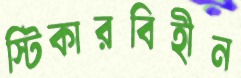
স্টিকারবিহীন